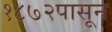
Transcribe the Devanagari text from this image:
१८७२पासून